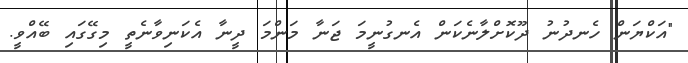
"އަކްޔަން ހެނދުނު ދޫކޮށްލާނެކަން އެނގުނީމަ ޖަނާ މަންމަ ދީނާ އެކަނިވާނެތީ މިގޭގައި ބޭއްވީ.